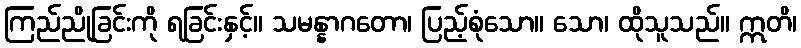
ကြည်ညိုခြင်းကို ရခြင်းနှင့်။ သမန္နာဂတော၊ ပြည့်စုံသော။ သော၊ ထိုသူသည်။ ဣတိ၊